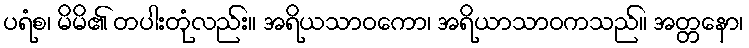
ပရံစ၊ မိမိ၏ တပါးတုံလည်း။ အရိယသာဝကော၊ အရိယာသာဝကသည်။ အတ္တနော၊